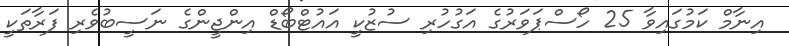
އިނާމް ކަމުގައިވާ 25 ހޯސްޕަވަރުގެ އަގުހުރި ސުޒުކީ އައުޓްބޯޑް އިންޖީންގެ ނަސީބުވެރި ފަރާތަކީ